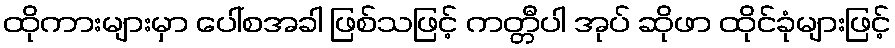
ထိုကားများမှာ ပေါ်စအခါ ဖြစ်သဖြင့် ကတ္တီပါ အုပ် ဆိုဖာ ထိုင်ခုံများဖြင့်